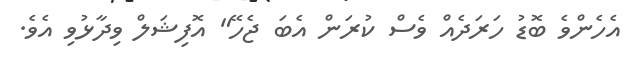
އެހެންވެ ބޮޑު ހަރަދެއް ވެސް ކުރަން އެބަ ޖެހޭ" އޮފިޝަލް ވިދާޅުވި އެވެ.